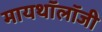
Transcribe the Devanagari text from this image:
मायथॉलॉजी